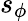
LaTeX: s_{\phi}